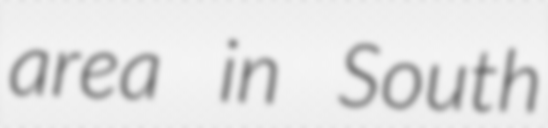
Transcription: area in South